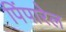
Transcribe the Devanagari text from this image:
पिंपारेल